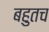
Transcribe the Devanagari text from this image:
बहुतच